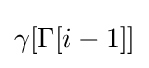
\gamma [\Gamma [i-1]]